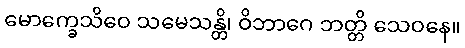
မောက္ခေသိဝေ သမေသန္တိ၊ ဝိဘာဂေ ဘတ္တိ သေဝနေ။